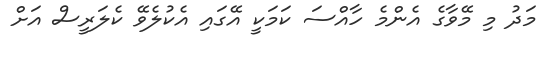
މަދު މި މޭވާގެ އެންމެ ހާއްސަ ކަމަކީ އޭގައި އެކުލެވޭ ކެލަރީސް އަށް